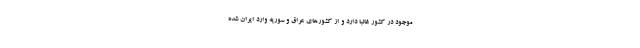
موجود در کشور غالبا دارد و از کشورهای عراق و سوریه وارد ایران شده